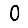
Digit: 0